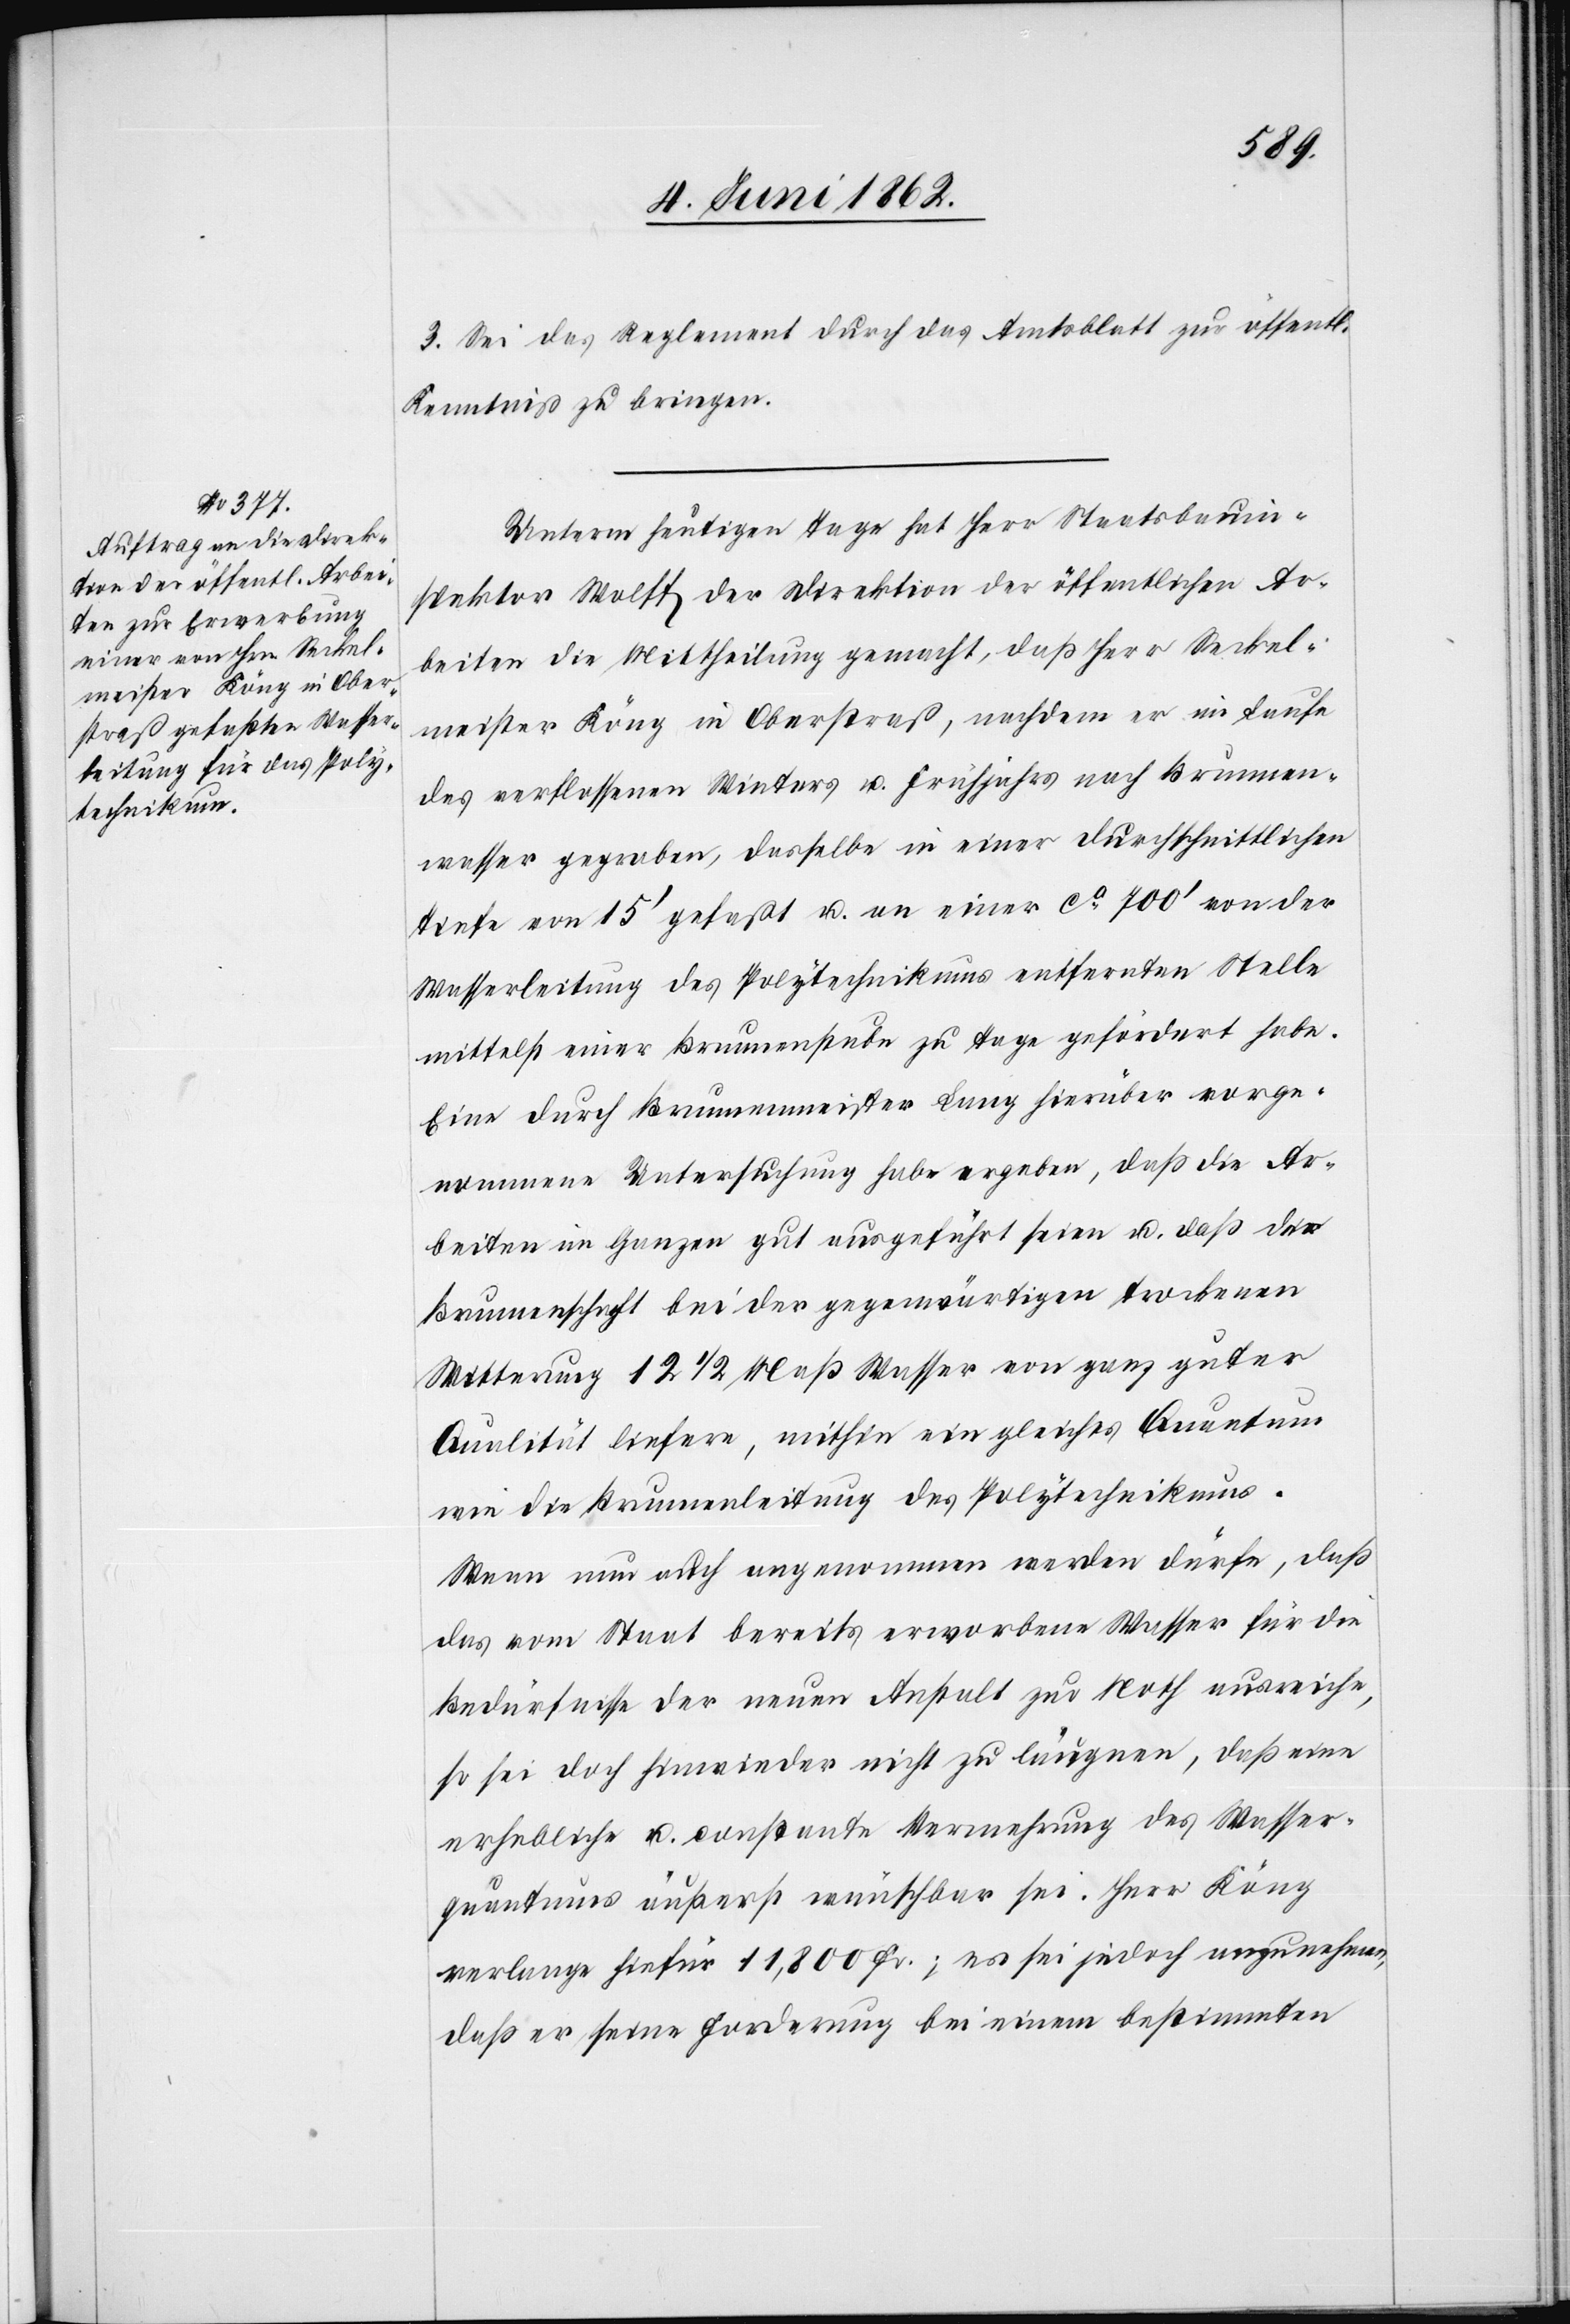
3. Sei das Reglement durch das Amtsblatt zur öffentl.
Kenntniß zu bringen.
Unterm heutigen Tage hat Herr Staatsbauin¬
spektor Wolff der Direktion der öffentlichen Ar¬
beiten die Mittheilung gemacht, daß Herr Seckel¬
meister Köng in Oberstraß, nachdem er im Laufe
des verflossenen Winters u. Frühjahrs nach Brunnen¬
wasser gegraben, dasselbe in einer durchschnittlichen
Tiefe von 15’ gefaßt u. an einer ca 700’ von der
Wasserleitung des Polytechnikums entfernten Stelle
mittelst einer Brunnenstube zu Tage gefördert habe.
Eine durch Brunnenmeister Lang hierüber vorge¬
nommene Untersuchung habe ergeben, daß die Ar¬
beiten im Ganzen gut ausgeführt seien u. daß die
Brunnenschaft bei der gegenwärtigen trockenen
Witterung 12 1/2 Maß Wasser von ganz guter
Qualität liefere, mithin ein gleiches Quantum
wie die Brunnenleitung des Polytechnikums.
Wenn nun auch angenommen werden dürfe, daß
das vom Staat bereits erworbene Wasser für die
Bedürfnisse der neuen Anstalt zur Noth ausreiche,
so sei doch hinwieder nicht zu läugnen, daß eine
erhebliche u. constante Vermehrung des Wasser¬
quantums äußerst wünschbar sei. Herr Köng
verlange hiefür 11,800 Fr.; es sei jedoch anzunehmen,
daß er seine Forderung bei einem bestimmten